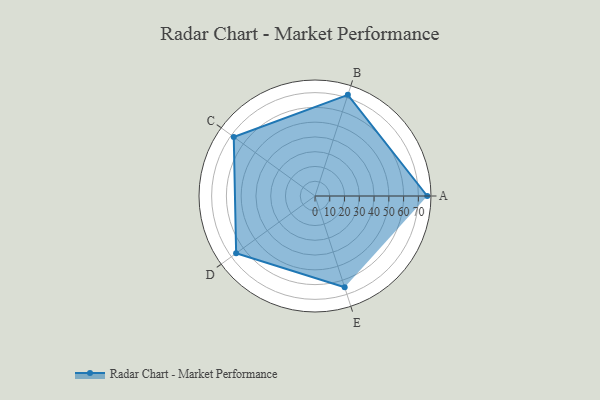
{"axis": {"x": "Skill", "y": "Score"}, "legend": ["Profile"], "data": [{"x": "A", "y": 76.0, "type": "Profile"}, {"x": "B", "y": 72.0, "type": "Profile"}, {"x": "C", "y": 68.0, "type": "Profile"}, {"x": "D", "y": 66.0, "type": "Profile"}, {"x": "E", "y": 65.0, "type": "Profile"}]}